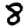
Digit: 8